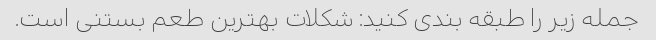
جمله زیر را طبقه بندی کنید: شکلات بهترین طعم بستنی است.